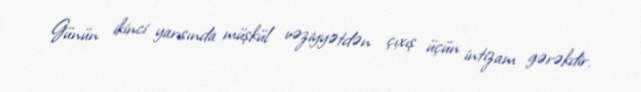
Günün ikinci yarısında müşkül vəziyyətdən çıxış üçün intizam gərəkdir.